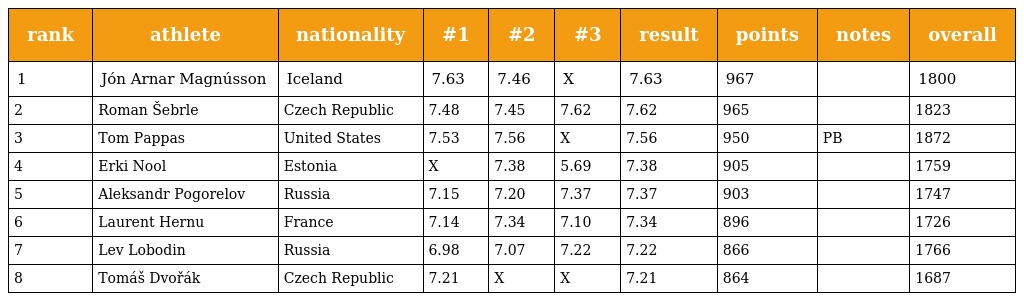
| rank | athlete | nationality | #1 | #2 | #3 | result | points | notes | overall |
 | --- | --- | --- | --- | --- | --- | --- | --- | --- | --- |
 | 1 | Jón Arnar Magnússon | Iceland | 7.63 | 7.46 | X | 7.63 | 967 |  | 1800 |
 | 2 | Roman Šebrle | Czech Republic | 7.48 | 7.45 | 7.62 | 7.62 | 965 |  | 1823 |
 | 3 | Tom Pappas | United States | 7.53 | 7.56 | X | 7.56 | 950 | PB | 1872 |
 | 4 | Erki Nool | Estonia | X | 7.38 | 5.69 | 7.38 | 905 |  | 1759 |
 | 5 | Aleksandr Pogorelov | Russia | 7.15 | 7.20 | 7.37 | 7.37 | 903 |  | 1747 |
 | 6 | Laurent Hernu | France | 7.14 | 7.34 | 7.10 | 7.34 | 896 |  | 1726 |
 | 7 | Lev Lobodin | Russia | 6.98 | 7.07 | 7.22 | 7.22 | 866 |  | 1766 |
 | 8 | Tomáš Dvořák | Czech Republic | 7.21 | X | X | 7.21 | 864 |  | 1687 |